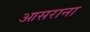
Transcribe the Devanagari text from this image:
आसराना